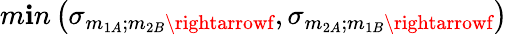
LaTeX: m\mathbf{i}n\left(\sigma_{m_{1A};m_{2B}\rightarrowf},\sigma_{m_{2A};m_{1B}\rightarrowf}\right)